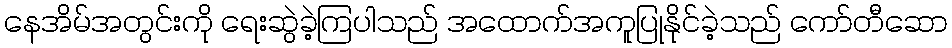
နေအိမ်အတွင်းကို ရေးဆွဲခဲ့ကြပါသည် အထောက်အကူပြုနိုင်ခဲ့သည် ကော်တီဆော